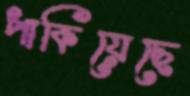
পাকিয়েছে